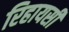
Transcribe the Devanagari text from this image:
रिहायसी